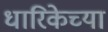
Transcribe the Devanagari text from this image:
धारिकेच्या